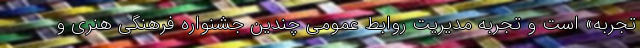
تجربه» است و تجربه مدیریت روابط عمومی چندین جشنواره فرهنگی هنری و